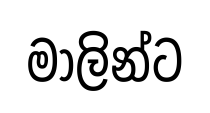
මාලින්ට